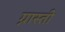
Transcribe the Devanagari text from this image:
ग्नास्ती